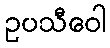
ဥပသီဝေါ